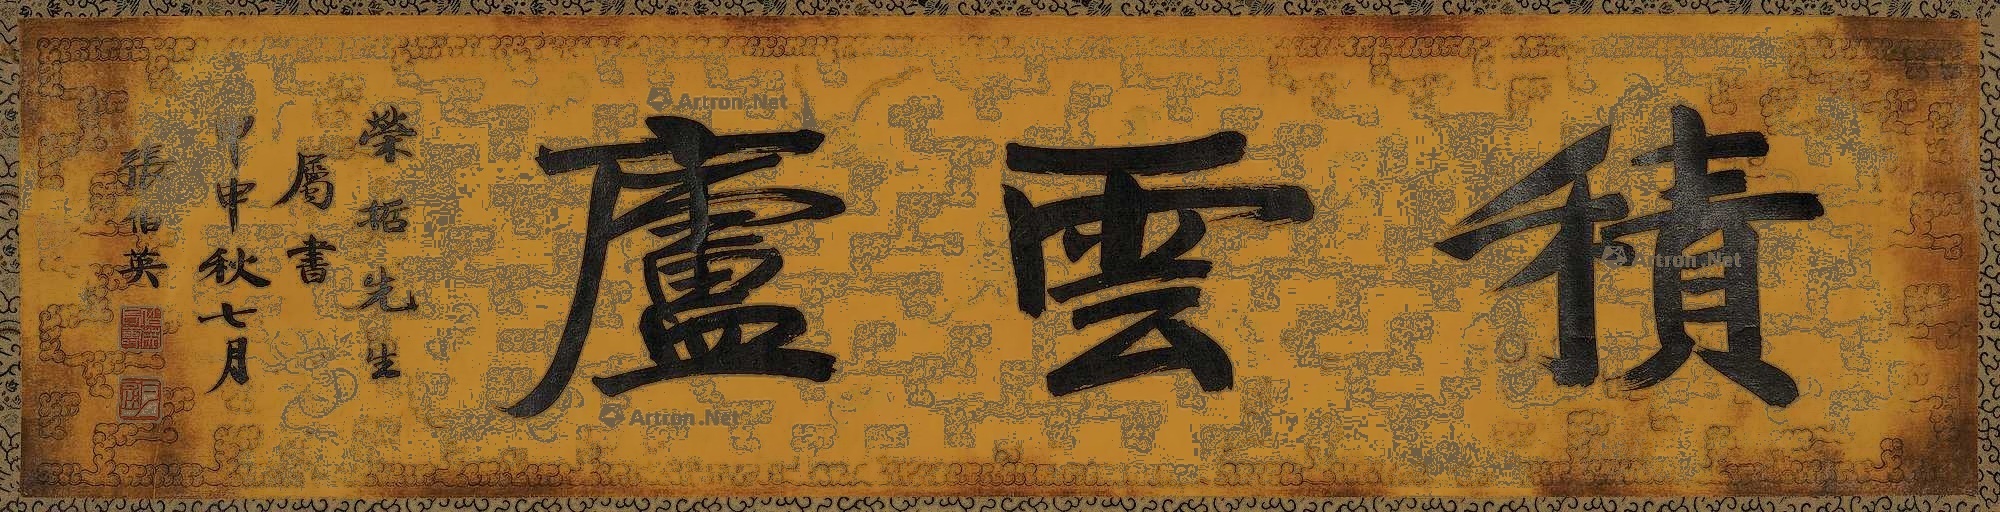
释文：积云庐。荣哲先生属书，甲申秋七月，张伯英。